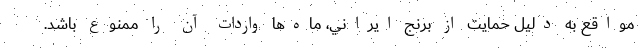
مواقع به دليل حمايت از برنج ايراني، ماه‌ها واردات آن را ممنوع باشد.